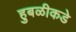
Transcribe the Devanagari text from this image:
हुबळीकडे